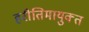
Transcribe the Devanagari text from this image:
हरीतिमायुक्‍त